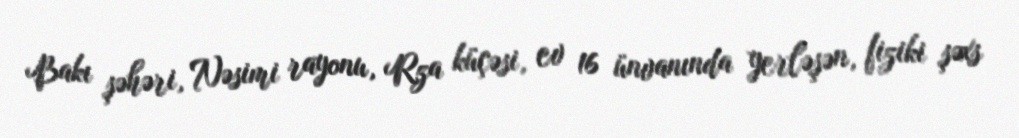
Bakı şəhəri, Nəsimi rayonu, Rza küçəsi, ev 16 ünvanında yerləşən, fiziki şəxs